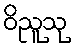
ဝိညူသု